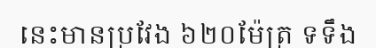
នេះមានប្រវែង ៦២០ម៉ែត្រ ទទឹង